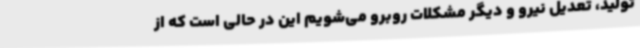
تولید، تعدیل نیرو و دیگر مشکلات روبرو می‌شویم این در حالی است که از